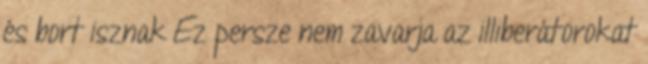
és bort isznak Ez persze nem zavarja az illiberátorokat